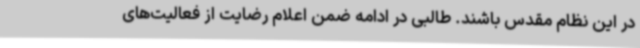
در این نظام مقدس باشند. طالبی در ادامه ضمن اعلام رضایت از فعالیت‌های